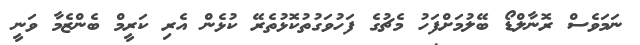
ނަމަވެސް ރޮނާލްޑޯ ބޭލުމަށްފަހު މެޗުގެ ފަހުވަގުތުކޮޅުތެރޭ ކުޅެން އެރި ކަރީމް ބެންޒެމާ ވަނީ